Lunatic asylums in Bengal annual reports 1899-1911 - 1899-1911
Year: 1899
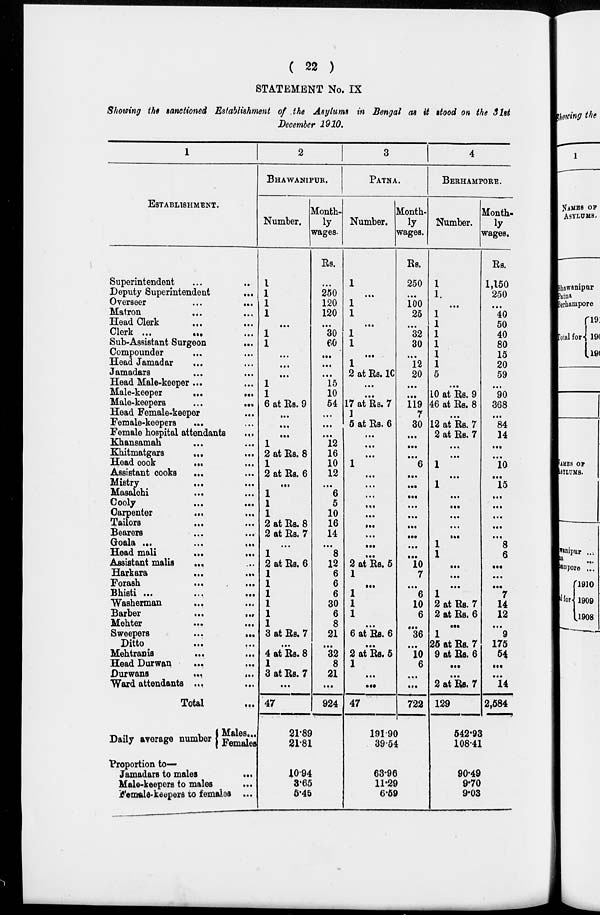
( 22 )
STATEMENT No. IX
Showing the sanctioned Establishment of the Asylums in Bengal as it stood on the 31st
December 1910.
1
ESTABLISHMENT.
Superintendent ... ...
Deputy Superintendent
...
Overseer
...
...
Matron ... ...
Head Clerk ... ...
Clerk
...
...
...
Sub-Assistant Surgeon
...
Compounder ... ...
Head Jamadar ... ...
Jamadars
...
...
Head Male-keeper ... ...
Male-keeper
...
...
Male-keepers
...
...
Head Female-keeper
...
Female-keepers ... ...
Female hospital attendants
...
Khansamah
...
...
Khitmatgars ... ...
Head cook
...
...
Assistant cooks
...
...
Mistry
... ...
Masalchi ... ...
Cooly
...
...
Carpenter
... ...
Tailors ... ...
Bearers
...
...
Goala
...
...
...
Head mali ... ...
Assistant malis
...
Harkara
...
...
Forash
...
...
Bhisti
...
...
...
Washerman
...
...
Barber
...
...
Mehter
...
...
Sweepers
...
...
Ditto ... ...
Mehtranis
... ...
Head Durwan
... ...
Durwans
...
...
Ward attendants ... ...
Total ...
Daily average number
Males...
Females
Proportion to—
Jamadars to males
...
Male-keepers to males ...
Female-keepers to females ...
2
BHAWANIPUR.
Number.
1
1
1
1
...
1
1
...
...
...
1
1
6 at Rs. 9
...
...
...
1
2 at Rs. 8
1
2 at Rs. 6
...
1
1
1
2 at Rs. 8
2 at Rs. 7
...
1
2 at RS. 6
1
1
1
1
1
1
3 at RS. 7
...
4 at RS. 8
1
3 at Rs. 7
...
47
Month¬
ly
wages.
Rs.
...
250
120
120
...
30
60
...
...
...
15
10
54
...
...
...
12
16
10
12
...
6
5
10
16
14
...
8
12
6
6
6
30
6
8
21
...
32
8
21
...
924
21.89
21.81
10.94
3.65
5.45
3
PATNA.
Number.
1
...
1
1
...
1
1
...
1
2 at Rs. 10
...
...
17 at Rs. 7
1
5 at Rs. 6
...
...
...
1
...
...
...
...
...
...
...
...
...
2 at Rs. 5
1
...
1
1
1
...
6 at Rs. 6
...
2 at Rs. 5
1
...
...
47
Month¬
ly
wages.
Rs.
250
...
100
25
...
32
30
...
12
20
...
...
119
7
30
...
...
...
6
...
...
...
...
...
...
...
...
...
10
7
...
6
10
6
...
36
...
10
6
...
...
722
191.90
39.64
63.96
11.29
6.69
4
BERHAMPORE.
Number.
1
1.
...
1
1
1
1
1
1
5
...
10 at Rs. 9
46 at Rs. 8
...
12 at Rs. 7
2 at Rs. 7
...
...
1
...
1
...
...
...
...
...
1
1
...
...
...
1
2 at Rs. 7
2 at Rs. 6
...
1
25 at Rs. 7
9 at Rs. 6
...
...
2 at Rs. 7
129
Month¬
ly
wages.
Rs.
1,150
250
...
40
50
40
80
15
20
59
...
90
368
...
84
14
...
...
10
...
15
...
...
...
...
...
8
6
...
...
...
7
14
12
...
9
175
54
...
...
14
2,584
542.93
108.41
90.49
9.70
9.03